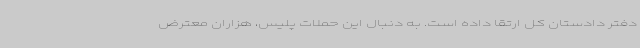
دفتر دادستان کل ارتقا داده است. به دنبال این حملات پلیس، هزاران معترض